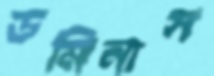
ডমিনাস